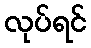
လုပ်ရင်